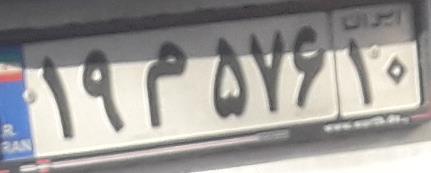
۱۹م۵۷۶۱۰